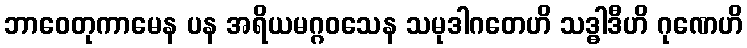
ဘာဝေတုကာမေန ပန အရိယမဂ္ဂဝသေန သမုဒါဂတေဟိ သဒ္ဓါဒီဟိ ဂုဏေဟိ